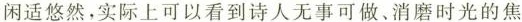
闲适悠然，实际上可以看到诗人无事可做。消磨时光的焦